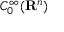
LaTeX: C _ { 0 } ^ { \infty } ( \mathbf { R } ^ { n } )